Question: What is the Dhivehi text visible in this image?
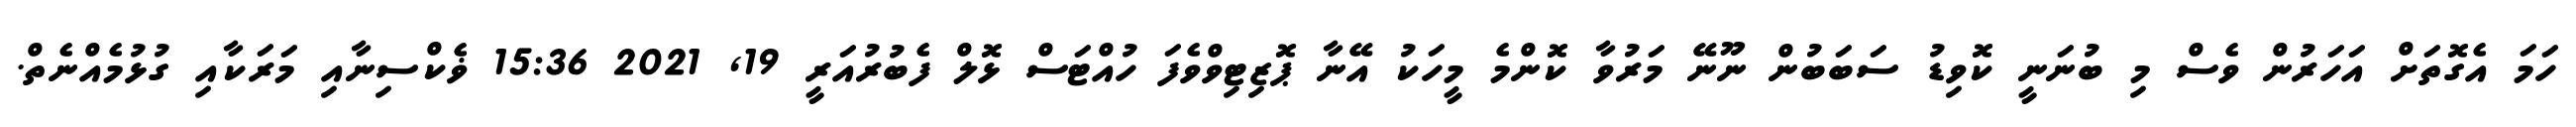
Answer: ހަމަ އެގޮތަށް އަހަރުން ވެސް މި ބުނަނީ ކޮވިޑު ސަބަބުން ނޫނޭ މަރުވާ ކޮންމެ މީހަކު އޭނާ ޕޮޒިޓިވްވެފަ ހުއްޓަސް ޅޮލް ފެބުރުއަރީ 19, 2021 15:36 ޥެކްސިނާއި މަރަކާއި ގުޅުމެއްނެތް.